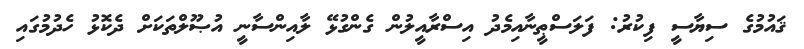
ޤައުމުގެ ސިޔާސީ ފިކުރު: ފަލަސްޠީނާއިމެދު އިސްރާއީލުން ގެންގުޅޭ ލާއިންސާނީ އުޞޫލްތަކަށް ދެކޮޅު ހެދުމުގައި